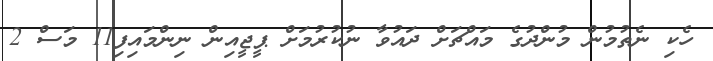
ހެކި ނެތުމުން މުންދުގެ މައްޗަށް ދައުވާ ނުކުރުމަށް ޕީޖީއިން ނިންމައިފި11 މަސް 2